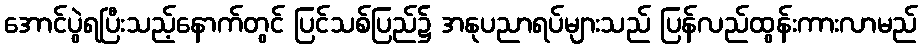
အောင်ပွဲရပြီးသည့်နောက်တွင် ပြင်သစ်ပြည်၌ အနုပညာရပ်များသည် ပြန်လည်ထွန်းကားလာမည်